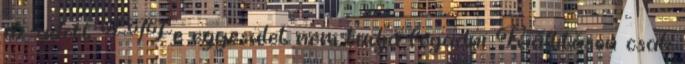
az adott FIFe egyesület nem tudja fogadni Kiállításon csak